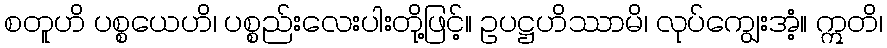
စတူဟိ ပစ္စယေဟိ၊ ပစ္စည်းလေးပါးတို့ဖြင့်။ ဥပဋ္ဌဟိဿာမိ၊ လုပ်ကျွေးအံ့။ ဣတိ၊